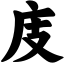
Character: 庋